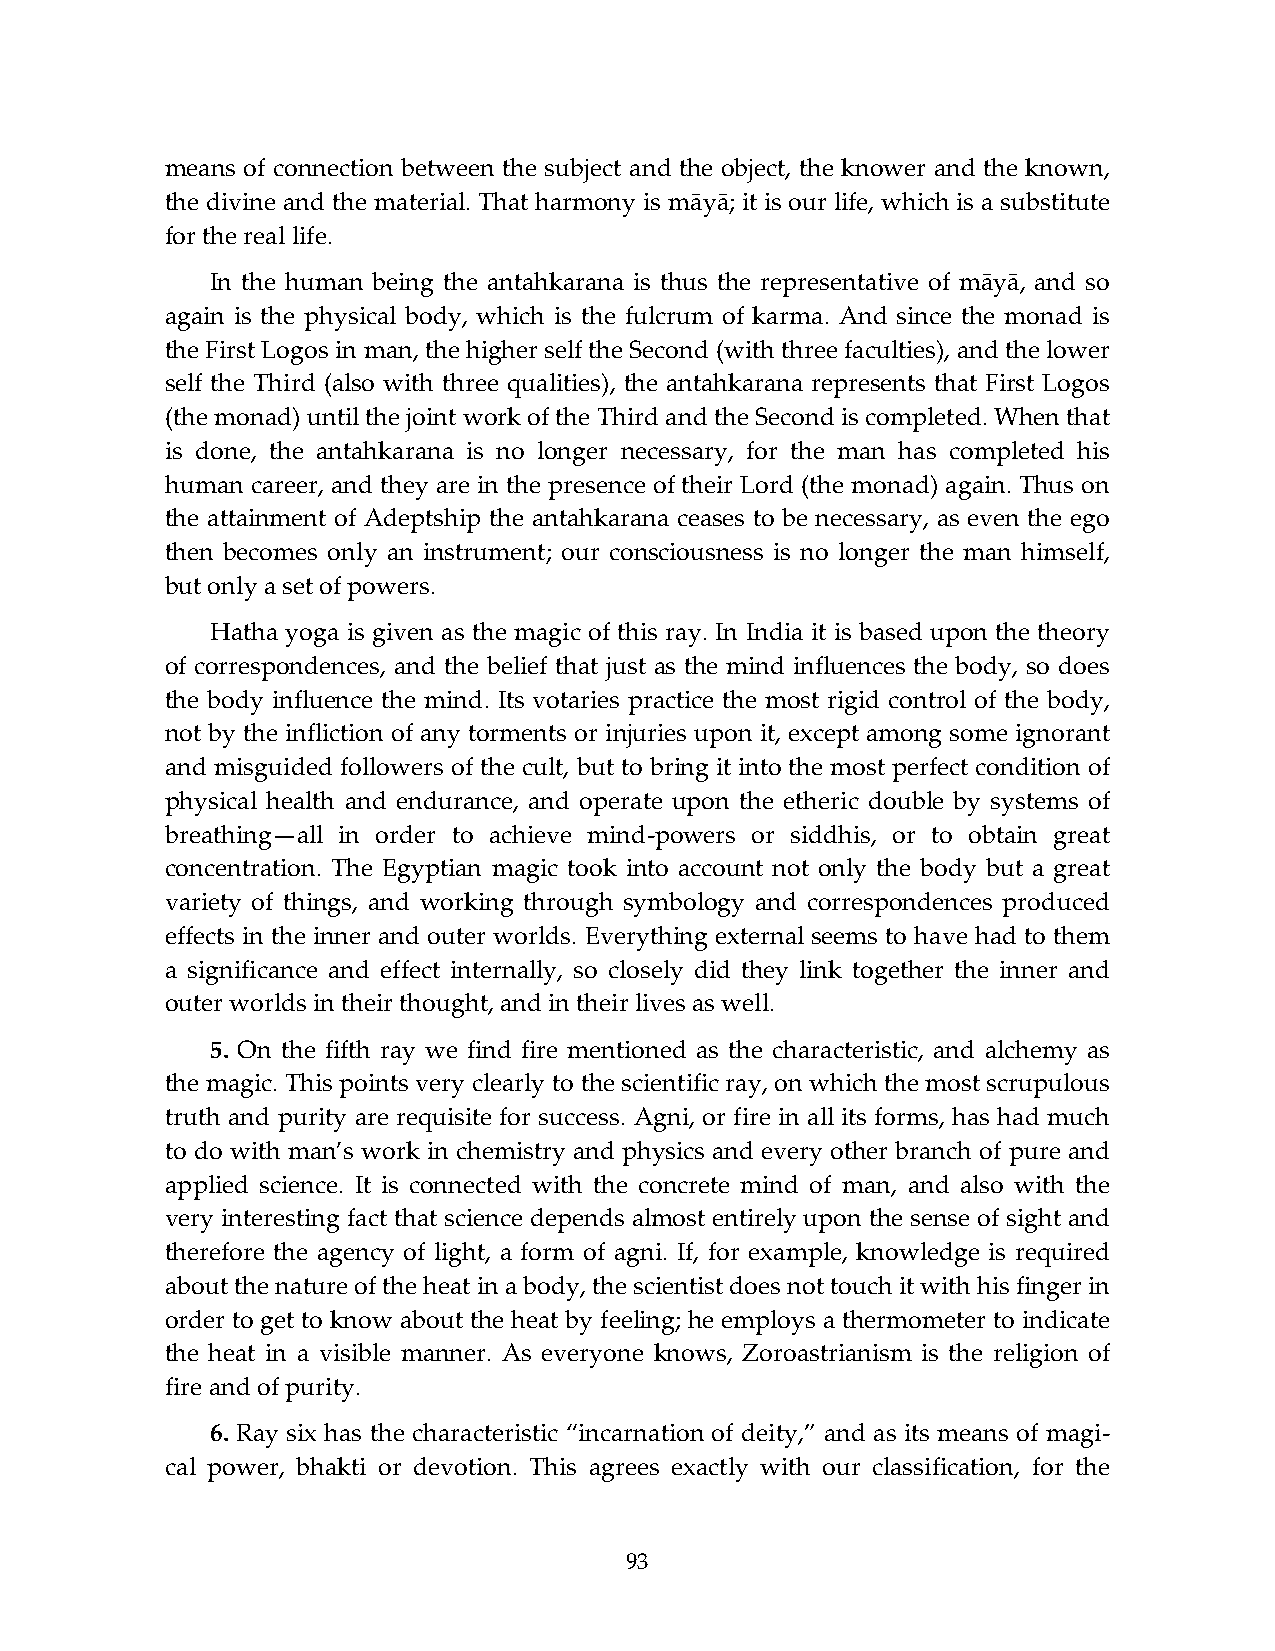
means of connection between the subject and the object, the knower and the known,
 the divine and the material. That harmony is māyā; it is our life, which is a substitute
 for the real life.
 In the human being the antahkarana is thus the representative of māyā, and so
 again is the physical body, which is the fulcrum of karma. And since the monad is
 the First Logos in man, the higher self the Second (with three faculties), and the lower
 self the Third (also with three qualities), the antahkarana represents that First Logos
 (the monad) until the joint work of the Third and the Second is completed. When that
 is done, the antahkarana is no longer necessary, for the man has completed his
 human career, and they are in the presence of their Lord (the monad) again. Thus on
 the attainment of Adeptship the antahkarana ceases to be necessary, as even the ego
 then becomes only an instrument; our consciousness is no longer the man himself,
 but only a set of powers.
 Hatha yoga is given as the magic of this ray. In India it is based upon the theory
 of correspondences, and the belief that just as the mind influences the body, so does
 the body influence the mind. Its votaries practice the most rigid control of the body,
 not by the infliction of any torments or injuries upon it, except among some ignorant
 and misguided followers of the cult, but to bring it into the most perfect condition of
 physical health and endurance, and operate upon the etheric double by systems of
 breathing—all in order to achieve mind-powers or siddhis, or to obtain great
 concentration. The Egyptian magic took into account not only the body but a great
 variety of things, and working through symbology and correspondences produced
 effects in the inner and outer worlds. Everything external seems to have had to them
 a significance and effect internally, so closely did they link together the inner and
 outer worlds in their thought, and in their lives as well.
 5. On the fifth ray we find fire mentioned as the characteristic, and alchemy as
 the magic. This points very clearly to the scientific ray, on which the most scrupulous
 truth and purity are requisite for success. Agni, or fire in all its forms, has had much
 to do with man’s work in chemistry and physics and every other branch of pure and
 applied science. It is connected with the concrete mind of man, and also with the
 very interesting fact that science depends almost entirely upon the sense of sight and
 therefore the agency of light, a form of agni. If, for example, knowledge is required
 about the nature of the heat in a body, the scientist does not touch it with his finger in
 order to get to know about the heat by feeling; he employs a thermometer to indicate
 the heat in a visible manner. As everyone knows, Zoroastrianism is the religion of
 fire and of purity.
 6. Ray six has the characteristic “incarnation of deity,” and as its means of magi-
 cal power, bhakti or devotion. This agrees exactly with our classification, for the
 93